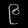
Digit: ၉